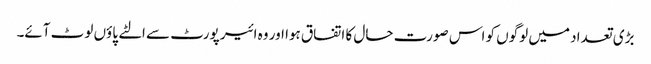
بڑی تعداد میں لوگوں کو اس صورت حال کا اتفاق ہوا اور وہ ائیر پورٹ سے الٹے پاؤں لوٹ آئے۔